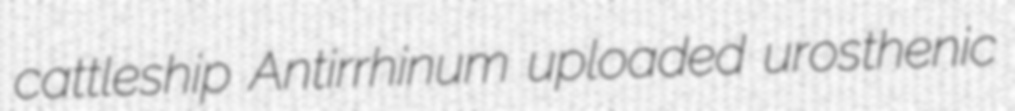
cattleship Antirrhinum uploaded urosthenic